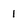
Character: 1